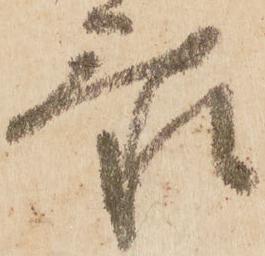
忝